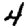
Digit: 4